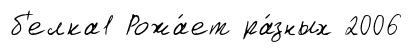
б'елка1 Рожа́ет ра́зных 2006